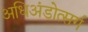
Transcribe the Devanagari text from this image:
अधिअंडोत्सर्ग